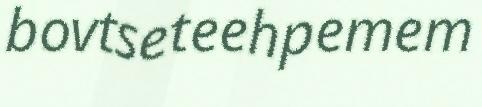
bovtseteehpemem